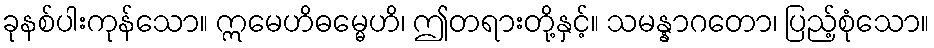
ခုနစ်ပါးကုန်သော။ ဣမေဟိဓမ္မေဟိ၊ ဤတရားတို့နှင့်။ သမန္နာဂတော၊ ပြည့်စုံသော။